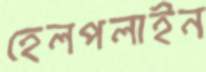
হেলপলাইন